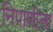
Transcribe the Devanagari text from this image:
निपाणीला